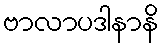
ဗာလာပဒါနာနိ